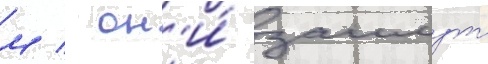
м / он'и́ заимут